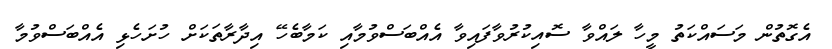
އެގޮތުން މަސައްކަތު މީހާ ލައްވާ ސޮއިކުރުވާފައިވާ އެއްބަސްވުމާއި ކަމާބެހޭ އިދާރާތަކަށް ހުށަހެޅި އެއްބަސްވުމާ